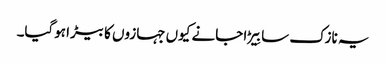
یہ نازک سا بِیڑا جانے کیوں جہازوں کا بیڑا ہوگیا۔